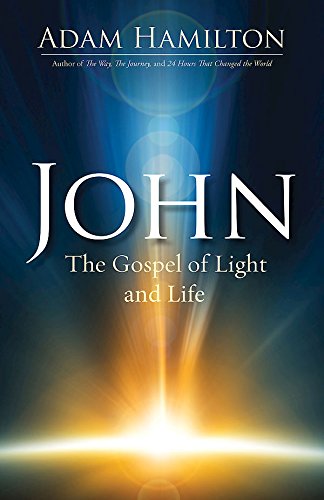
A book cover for John: The Gospel of Light and Life (John series); Adam Hamilton; Christian Books & Bibles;